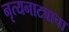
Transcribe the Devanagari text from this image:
नृत्यनाट्याचा